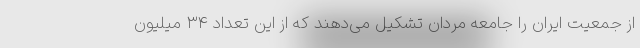
از جمعیت ایران را جامعه مردان تشکیل می‌دهند که از این تعداد ۳۴ میلیون